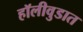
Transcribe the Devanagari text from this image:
हॉलीवुडात